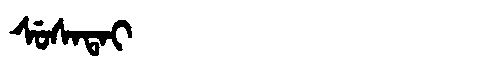
Manchu: ᠰᡠᠰᠠᡨᠠᡳ
Romanization: SUSATAI